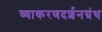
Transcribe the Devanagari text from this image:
व्याकरणदर्शनग्रंथ